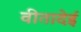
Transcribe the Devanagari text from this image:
वीतादेई